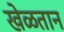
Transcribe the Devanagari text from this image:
खेळतान